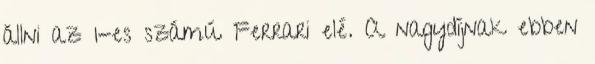
állni az 1-es számú Ferrari elé. A nagydíjnak ebben